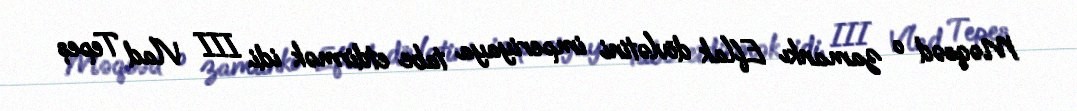
Məqsəd o zamankı Eflak dövlətini imperiyaya tabe etdirmək idi. III Vlad Tepeș